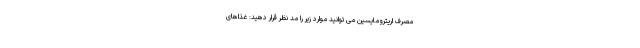
مصرف اریترومایسین می توانید موارد زیر را مد نظر قرار دهید: غذاهای